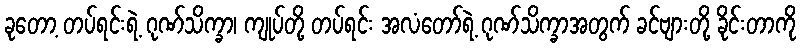
ခုတော့ တပ်ရင်းရဲ့ ဂုဏ်သိက္ခာ၊ ကျုပ်တို့ တပ်ရင်း အလံတော်ရဲ့ ဂုဏ်သိက္ခာအတွက် ခင်ဗျားတို့ ခိုင်းတာကို